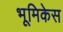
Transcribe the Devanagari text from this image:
भूमिकेस